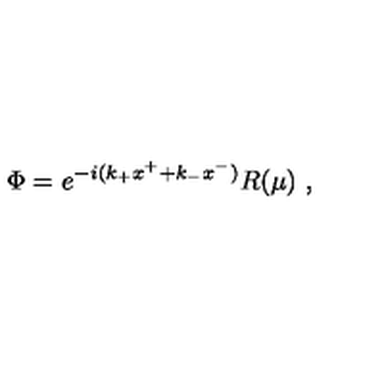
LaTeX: \Phi = e ^ { - i ( k _ { + } x ^ { + } + k _ { - } x ^ { - } ) } R ( \mu ) \ ,